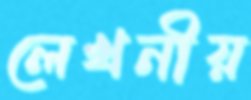
লেখনীয়